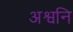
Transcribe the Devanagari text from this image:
अश्वनि